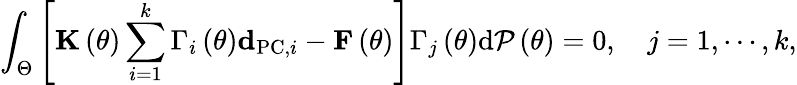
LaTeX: \int_{\Theta}\left[{\mathbf K}\left(\theta\right)\sum_{i=1}^{k}\Gamma_{i}\left(\theta\right){\mathbf d}_{\mathrm{PC},i}-{\mathbf F}\left(\theta\right)\right]\Gamma_{j}\left(\theta\right)\mathrm{d}{\cal P}\left(\theta\right)=0,\quad j=1,\cdots,k,